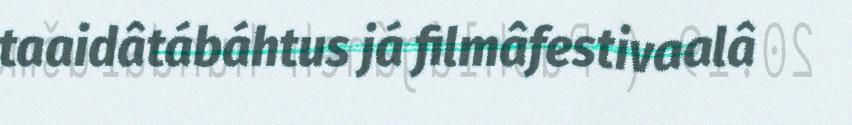
taaidâtábáhtus já filmâfestivaalâ